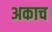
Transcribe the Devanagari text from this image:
अकाच